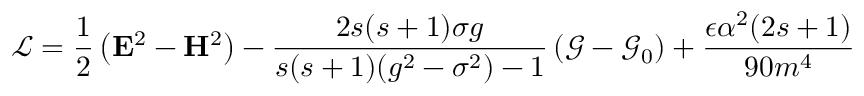
\mathcal { L } = \frac 1 2 \left( \mathbf { E } ^ { 2 } - \mathbf { H } ^ { 2 } \right) - \frac { 2 s ( s + 1 ) \sigma g } { s ( s + 1 ) ( g ^ { 2 } - \sigma ^ { 2 } ) - 1 } \left( \mathcal { G } - \mathcal { G } _ { 0 } \right) + \frac { \epsilon \alpha ^ { 2 } ( 2 s + 1 ) } { 9 0 m ^ { 4 } }